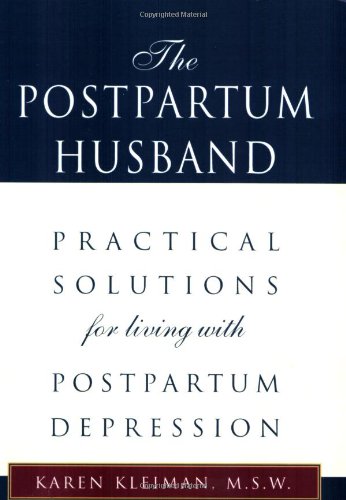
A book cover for The Postpartum Husband: Practical Solutions for living with Postpartum Depression; Karen R. Kleiman; Health, Fitness & Dieting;